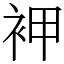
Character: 䘥